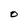
Character: O